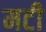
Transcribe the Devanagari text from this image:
मटी